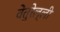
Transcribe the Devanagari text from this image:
वेंतुरेल्ली